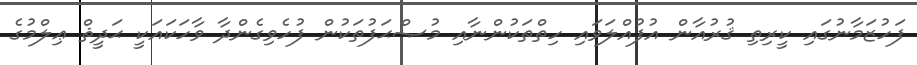
ފަހުޒަމާނުގައި ކީރިތި ޤުރުއާން އުފުއްލަވައި ހިތްތަކުންނާއި މުޞްޙަފުތަކުން ފުހެވިގެންދާ ވާހަކައަކީ ޙަދީޘް ޢިލްމުގެ